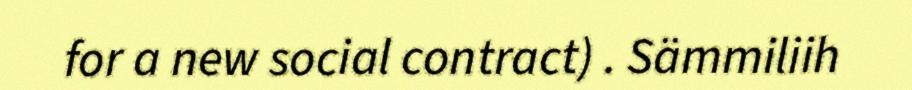
for a new social contract) . Sämmiliih